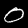
Digit: 0